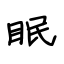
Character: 眠